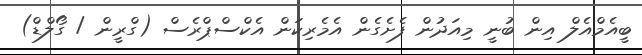
ބީއެމްއެލް އިން ބުނީ މިއަދުން ފެށެގެން އެމެރިކަން އެކްސްޕްރެސް (ގްރީން / ގޯލްޑް)